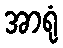
အာရုံ